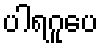
ပါရဂူပေ